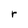
Character: r